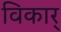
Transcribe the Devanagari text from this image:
विकार्